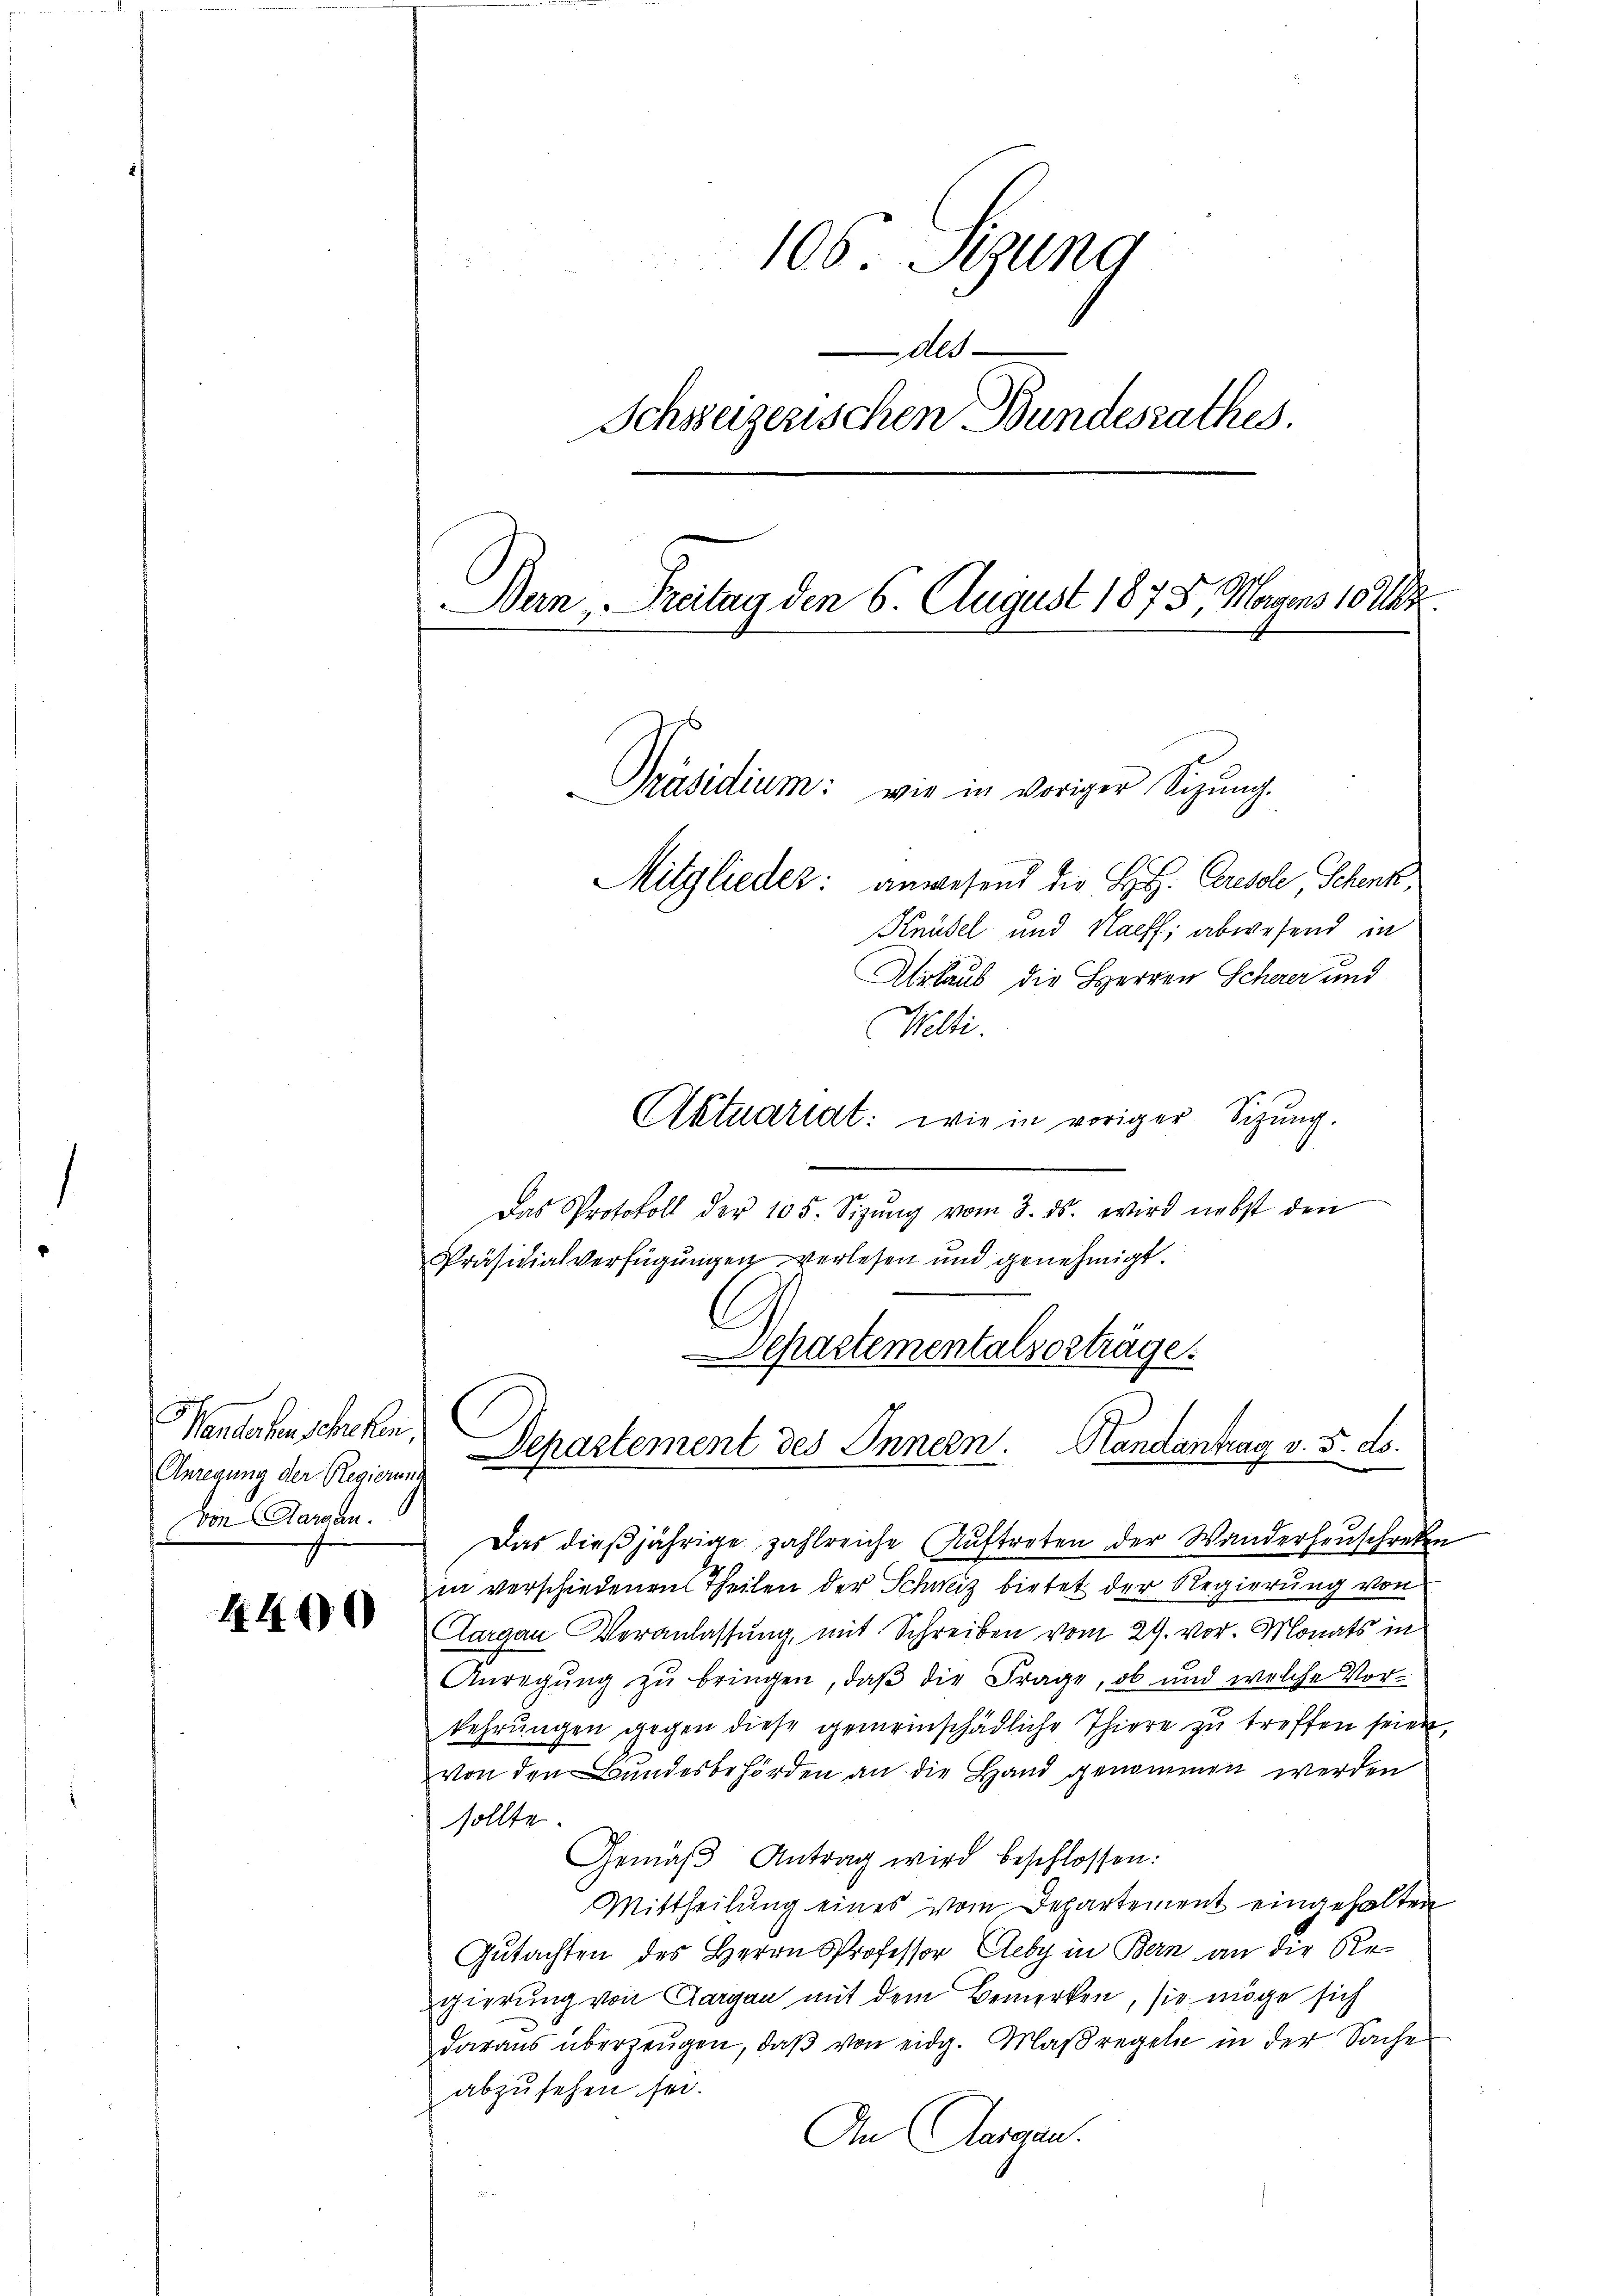
Vendorfen schehen
Anregung der Regierung
von Aargau.

4400

106. Seung
Als
Schweizerischen Bundesrathes.
Dein Breitag den 6. August 1875, Magens 10 Uhr.
Präsidium: wie in voriger Sizung.
Mitglieder: anwesend die H.H. Cresole, Schenk,
Knüsel und Naeff; abwesend in
Urlaub, die Herren Scherer und

Welti.
Aktuariat: wie in voriger Sitzung.
Das Protokoll der 105. Sizŭng vom 3. ds. wird nebst den
Präsidialverfügungen verlesen und genehmigt.
Separtementalzorträge.
Departement des Innern. Handantrag v. 5. ds.

Das dießjährige, zahlreiche Auftreten der Wanderheuschreten
in verschiedenen Theilen der Schweiz bietet der Regierung von
Aargau Veranlassung, mit Schreiben vom 29. vor. Monats in
Anregŭng zŭ bringen, daβ die Frage, ob und welche Vor-
kehrungen gegen diese gemeinschädliche Thiere zu treffen seien,
von den Bundesbehörden an die Hand genommen werden
sollte.
Gemäβ Antrag wird beschlossen:
Mittheilung eines vom Departement eingehalten
Gutachten des Herrn Professor Reby in Bern an die Re-
gierung von Aargau mit dem Bemerken, sie möge sich
daraus überzeugen, daß von eidg. Maßregeln in der Sache
abzusehen sei.
An Aargau.
s